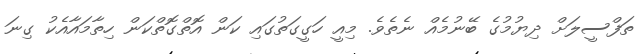
ތަފްސީލަށް ދިޔުމުގެ ބޭނުމެއް ނެތެވެ. މިއީ ހަގީގަތުގައި ކަން އޮތްގޮތްކަން ހިތާމައާއެކު ގިނަ